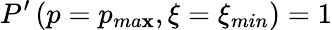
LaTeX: P^{\prime}\left(p=p_{ma\mathbf{x}},\xi=\xi_{min}\right)=1